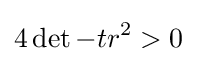
4\det -tr^{2}>0